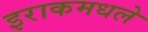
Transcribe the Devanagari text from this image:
इराकमधले